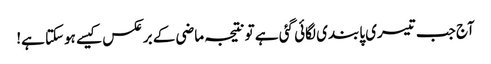
آج جب تیسری پابندی لگائی گئی ہے تو نتیجہ ماضی کے برعکس کیسے ہوسکتا ہے!